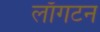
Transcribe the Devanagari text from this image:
लाँगटन